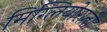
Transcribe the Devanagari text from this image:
मिग्लियोराती